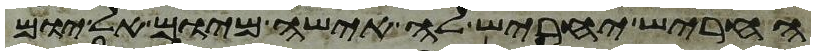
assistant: החריש יחריש לה אישה מיום אל יום